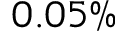
0 . 0 5 \%